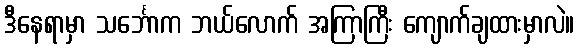
ဒီနေရာမှာ သင်္ဘောက ဘယ်လောက် အကြာကြီး ကျောက်ချထားမှာလဲ။